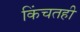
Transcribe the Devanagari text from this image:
किंचतही